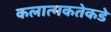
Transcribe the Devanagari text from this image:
कलात्मकतेकडे